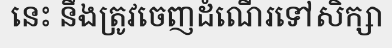
នេះ នឹងត្រូវចេញដំណើរទៅសិក្សា